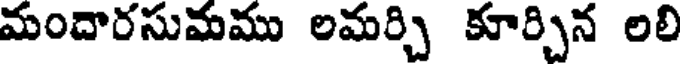
మందారసుమము లమర్చి కూర్చిన లలి